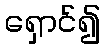
ရှောင်၍